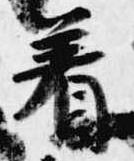
着